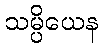
သမ္ပိယေန